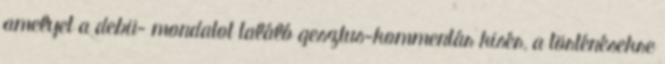
amelyet a debü- mondatot találó gesztus-kommentár kisér, a történésekre